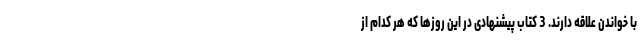
با خواندن علاقه دارند. 3 کتاب پیشنهادی در این روزها که هر کدام از